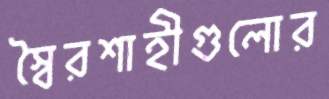
স্বৈরশাহীগুলোর